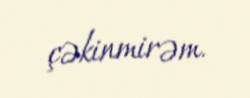
çəkinmirəm.